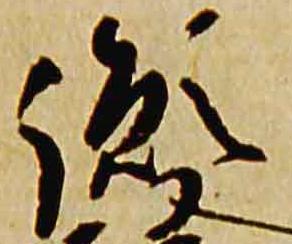
胤